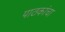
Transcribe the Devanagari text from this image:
पाठकांचा